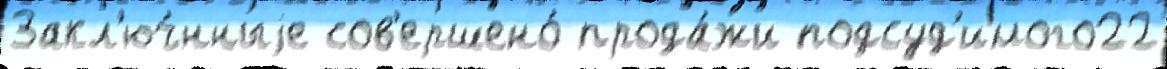
Закл'юч́нныjе сов'ершено́ прода́жи подсуд'имого22